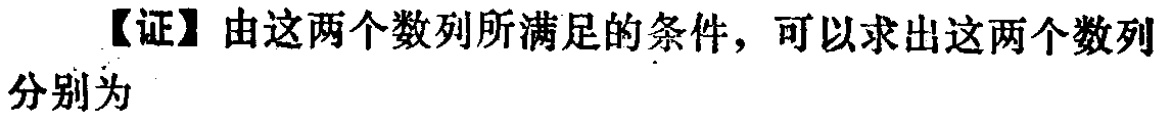
【证】由这两个数列所满足的条件，可以求出这两个数列分别为